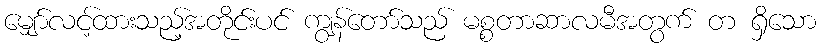
မျှော်လင့်ထားသည့်အတိုင်းပင် ကျွန်တော်သည် မစ္စတာဆာလမီအတွက် တ ရှိသော